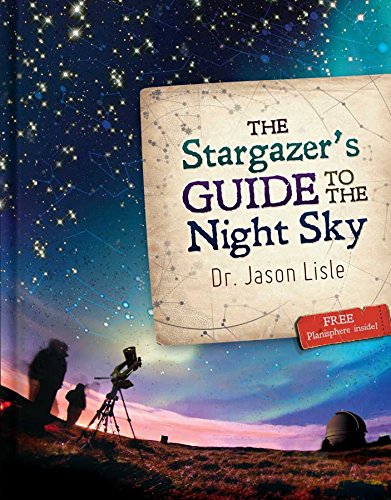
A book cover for Stargazer's Guide to the Night Sky, The; Dr. Jason Lisle; Science & Math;